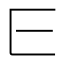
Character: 𬼖